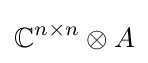
\mathbb {C} ^{n\times n}\otimes A